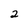
Character: 2